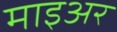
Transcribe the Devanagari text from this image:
माइअर